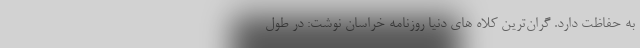
به حفاظت دارد. گران‌ترین کلاه ‌های دنیا روزنامه خراسان نوشت: در طول